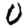
Digit: 0